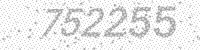
Solution: 752255